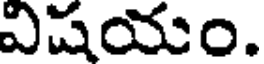
విషయం.